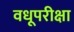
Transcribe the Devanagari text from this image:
वधूपरीक्षा